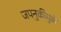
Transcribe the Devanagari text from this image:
जपनुकीमुळे